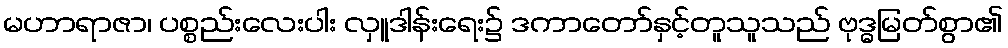
မဟာရာဇာ၊ ပစ္စည်းလေးပါး လှူဒါန်းရေး၌ ဒကာတော်နှင့်တူသူသည် ဗုဒ္ဓမြတ်စွာ၏